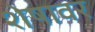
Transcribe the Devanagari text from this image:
शेषावर